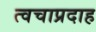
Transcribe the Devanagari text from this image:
त्वचाप्रदाह